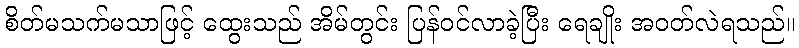
စိတ်မသက်မသာဖြင့် ထွေးသည် အိမ်တွင်း ပြန်ဝင်လာခဲ့ပြီး ရေချိုး အဝတ်လဲရသည်။